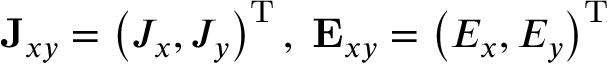
\mathbf { J } _ { x y } = \left( J _ { x } , J _ { y } \right) ^ { \mathrm { T } } , \; \mathbf { E } _ { x y } = \left( E _ { x } , E _ { y } \right) ^ { \mathrm { T } }